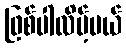
ဖြစ်ပါလိမ့်မယ်